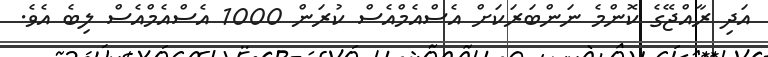
އަދި ރާއްޖޭގެ ކޮންމެ ނަންބަރަކަށް އެސްއެމްއެސް ކުރަން 1000 އެސްއެމްއެސް ލިބެ އެވެ.